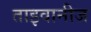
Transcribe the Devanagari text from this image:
ताइवानीज